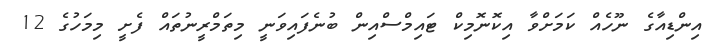
އިންޑިއާގެ ނޫހެއް ކަމަށްވާ އިކޮނޮމިކް ޓައިމްސްއިން ބުނެފައިވަނީ މިތަމްރީނުތައް ފެށީ މިމަހުގެ 12